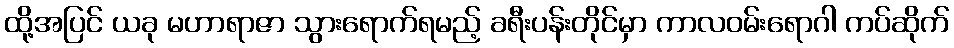
ထို့အပြင် ယခု မဟာရာဇာ သွားရောက်ရမည့် ခရီးပန်းတိုင်မှာ ကာလဝမ်းရောဂါ ကပ်ဆိုက်